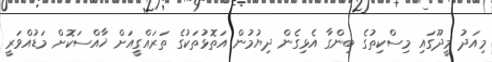
މިއަދު މީދޫގައި މިސްކިތުގެ ބިންގާ އެޅިގެން ދިޔުމުން އަތޮޅުތަކުގެ ތަރައްގީއަށް ޚާއްސަކޮށް މަޑުއްވަރީ